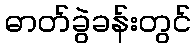
ဓာတ်ခွဲခန်းတွင်